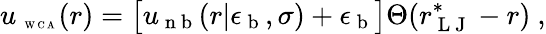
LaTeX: u_{\mathrm{~\tiny~W~C~A~}}(r)=\big[u_{\mathrm{~n~b~}}(r|\epsilon_{\mathrm{~b~}},\sigma)+\epsilon_{\mathrm{~b~}}\big]\Theta(r_{\mathrm{~L~J~}}^{*}-r)~,